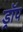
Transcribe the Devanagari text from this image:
ड्राॅप